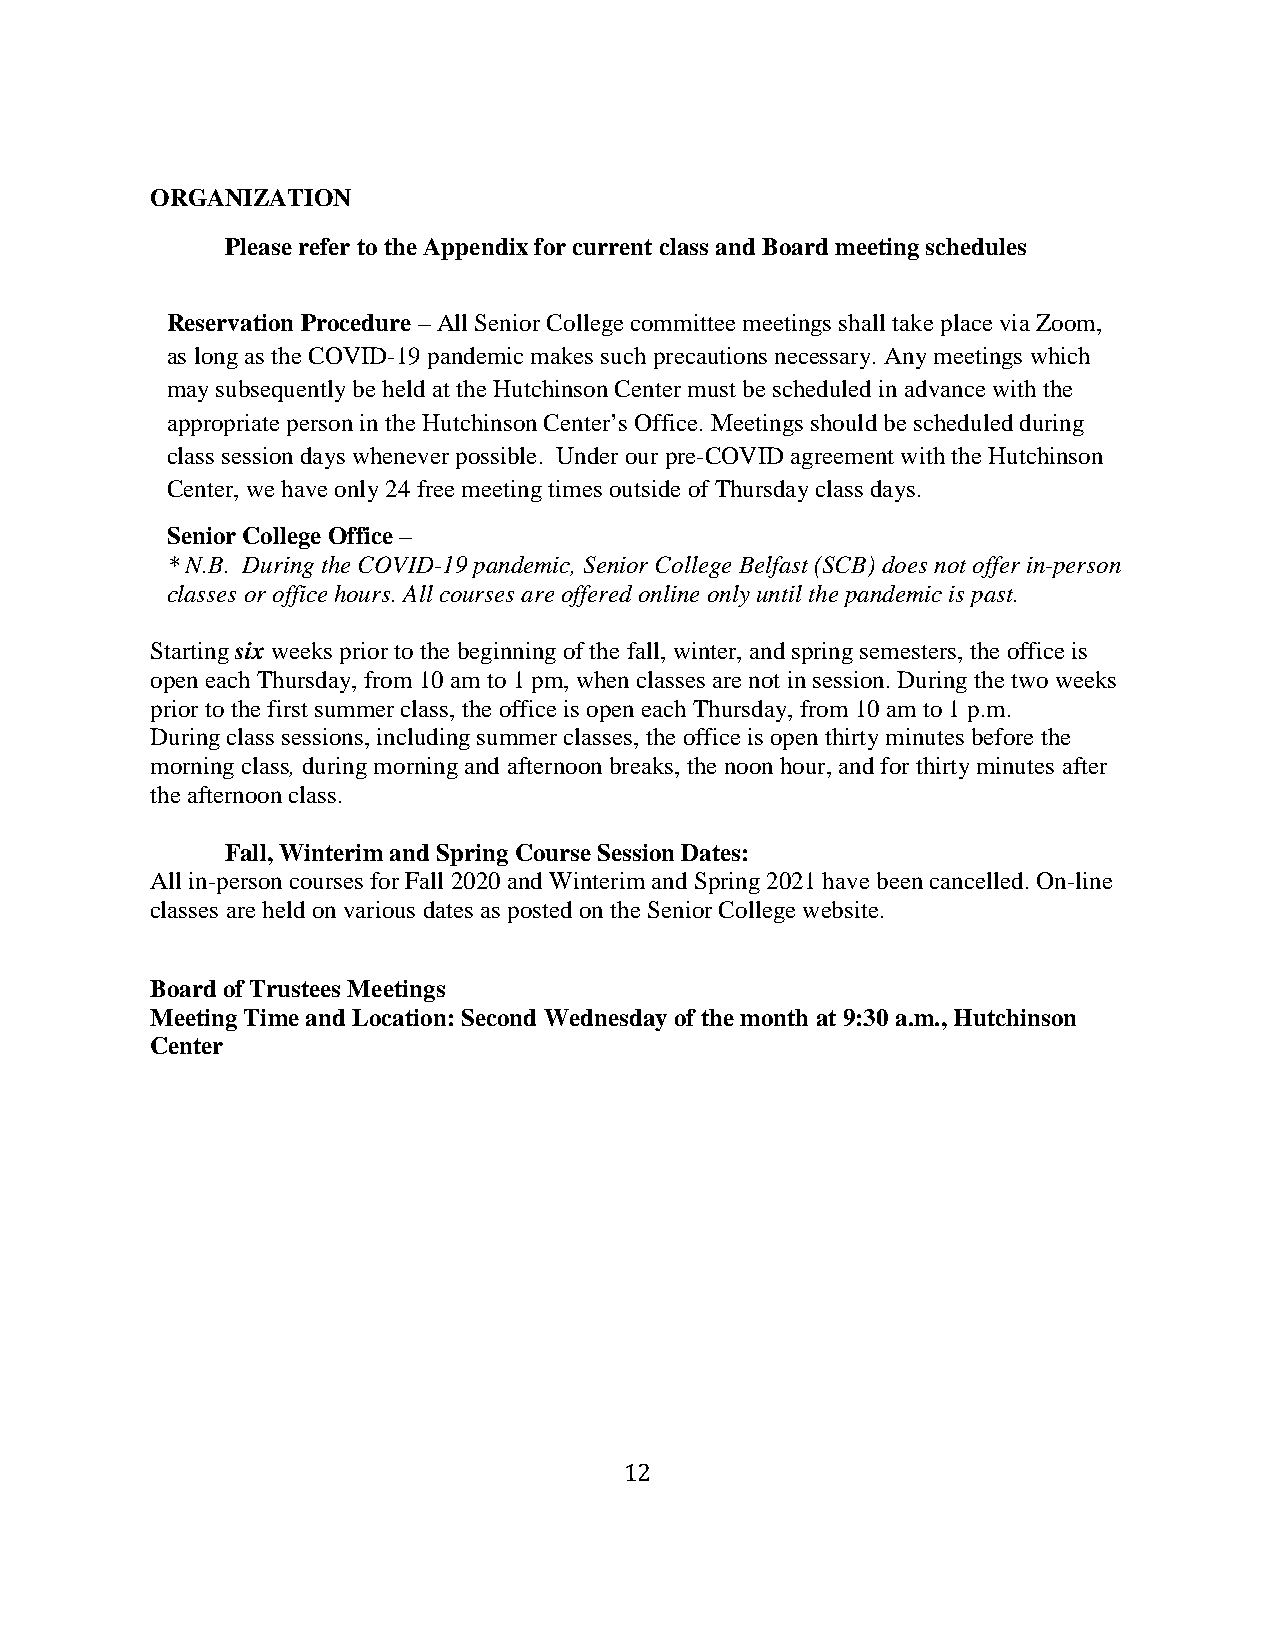
ORGANIZATION
 Please refer to the Appendix for current class and Board meeting schedules
 Reservation Procedure – All Senior College committee meetings shall take place via Zoom,
 as long as the COVID-19 pandemic makes such precautions necessary. Any meetings which
 may subsequently be held at the Hutchinson Center must be scheduled in advance with the
 appropriate person in the Hutchinson Center’s Office. Meetings should be scheduled during
 class session days whenever possible. Under our pre-COVID agreement with the Hutchinson
 Center, we have only 24 free meeting times outside of Thursday class days.
 Senior College Office –
 * N.B. During the COVID-19 pandemic, Senior College Belfast (SCB) does not offer in-person
 classes or office hours. All courses are offered online only until the pandemic is past.
 Starting six weeks prior to the beginning of the fall, winter, and spring semesters, the office is
 open each Thursday, from 10 am to 1 pm, when classes are not in session. During the two weeks
 prior to the first summer class, the office is open each Thursday, from 10 am to 1 p.m.
 During class sessions, including summer classes, the office is open thirty minutes before the
 morning class, during morning and afternoon breaks, the noon hour, and for thirty minutes after
 the afternoon class.
 Fall, Winterim and Spring Course Session Dates:
 All in-person courses for Fall 2020 and Winterim and Spring 2021 have been cancelled. On-line
 classes are held on various dates as posted on the Senior College website.
 Board of Trustees Meetings
 Meeting Time and Location: Second Wednesday of the month at 9:30 a.m., Hutchinson
 Center
 12